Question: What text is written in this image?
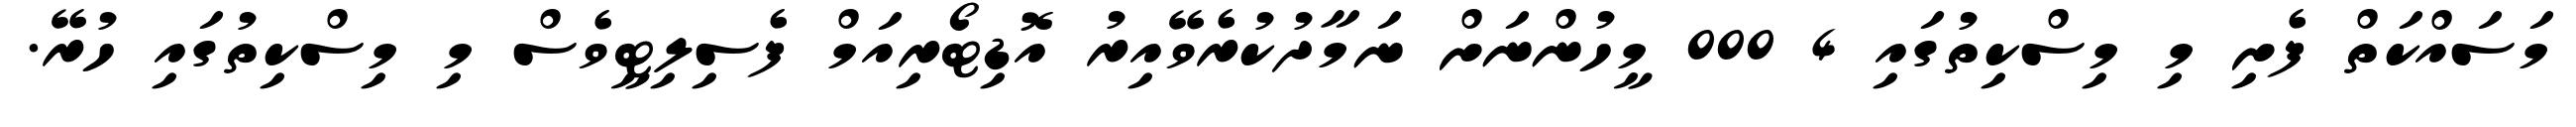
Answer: މަސައްކަތް ފެށި މި މިސްކިތުގައި 4 000 މީހުންނަށް ނަމާދުކުރެވޭއިރު އޮޑިޓޯރިއަމް ފެސިލިޓީވެސް މި މިސްކިތުގައި ހުރޭ.